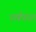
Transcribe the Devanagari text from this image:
घर्षणात